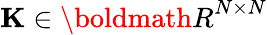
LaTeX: {\mathbf K}\in{\boldmath R}^{N\times N}